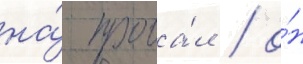
на́ прова́л / о́н